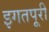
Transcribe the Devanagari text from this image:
इगतपूरी